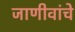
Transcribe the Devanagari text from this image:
जाणीवांचे